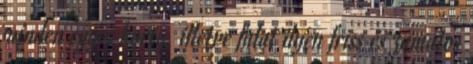
minden egyes korty, illetve falat ilyen friss és zamatos